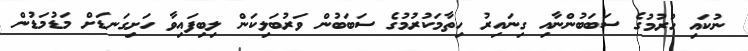
ނުކައި ހުރުމުގެ ސަބަބުންނާއި ގިނައިރު ހިތާމަކުރުމުގެ ސަބަބުން ވަރުބަލިކަން ލިބިފައިވާ ހަށިގަނޑަށް މަޑުމަޑުން